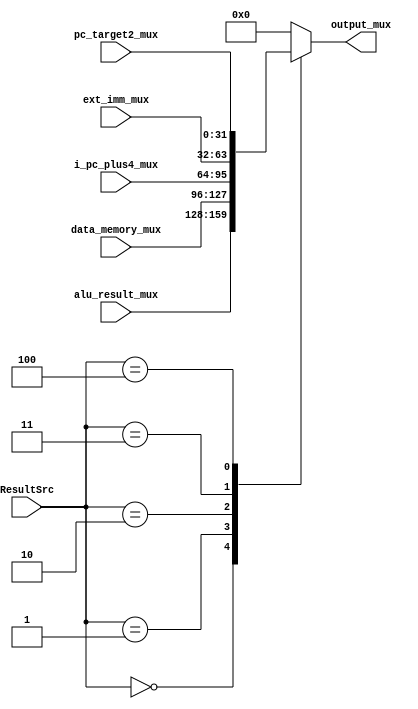
module Mux_2#(parameter width = 32)(
    input [2:0] ResultSrc,                 // Control signal to select the output source
    input [width-1:0] alu_result_mux,      // Input from ALU result
    input [width-1:0] data_memory_mux,     // Input from data memory
    input [width-1:0] i_pc_plus4_mux,      // Input from incremented PC
    input [width-1:0] ext_imm_mux,         // Input from extended immediate value
    input [width-1:0] pc_target2_mux,      // Input from PC target
    output reg [width-1:0] output_mux      // Output of the multiplexer
);

    // Logic to select the output based on ResultSrc control signal
    always @(*) begin
        case (ResultSrc)
            3'b000: begin
                output_mux = alu_result_mux;   // Select ALU result
            end
            3'b001: begin
                output_mux = data_memory_mux;  // Select data memory output
            end
            3'b010: begin
                output_mux = i_pc_plus4_mux;   // Select incremented PC value
            end
            3'b011: begin
                output_mux = ext_imm_mux;      // Select extended immediate value
            end
            3'b100: begin
                output_mux = pc_target2_mux;   // Select PC target value
            end
            default: begin
                output_mux = {(width){1'b0}};  // Default output (zero)
            end
        endcase
    end
endmodule